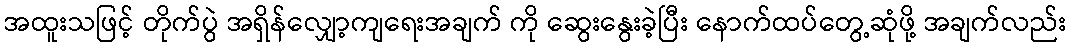
အထူးသဖြင့် တိုက်ပွဲ အရှိန်လျှော့ကျရေးအချက် ကို ဆွေးနွေးခဲ့ပြီး နောက်ထပ်တွေ့ဆုံဖို့ အချက်လည်း